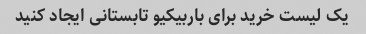
یک لیست خرید برای باربیکیو تابستانی ایجاد کنید